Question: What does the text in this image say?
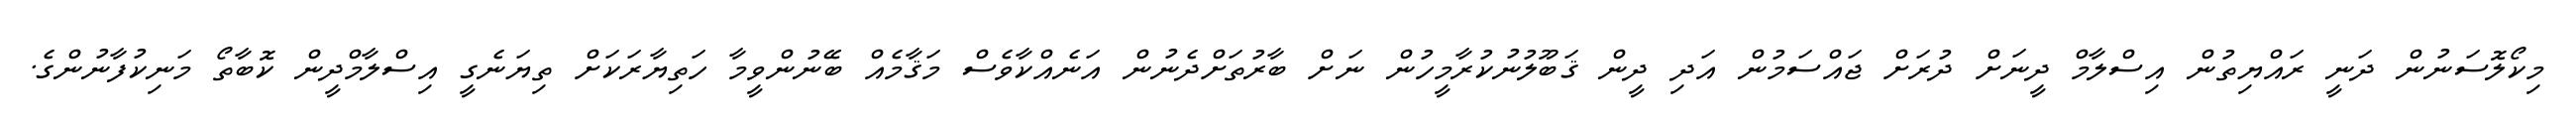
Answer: މިކޯލޮސަނުން ދަނީ ރައްޔިތުން އިސްލާމް ދީނަށް ދުރަށް ޖައްސަމުން އަދި ދީން ޤަބޫލުނުކުރާމީހުން ނަށް ބާރުތަށްދެނުން އަނެއްކާވެސް މަޤާމެއް ބޭނުންވީމާ ހަތިޔާރަކަށް ތިޔަނެގީ އިސްލާމްދީން ކޮބާތޯ މަނިކުފާނުންގެ.